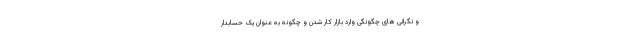
و نگرانی های چگونگی وارد بازار کار شدن و چگونه به عنوان یک حسابدار